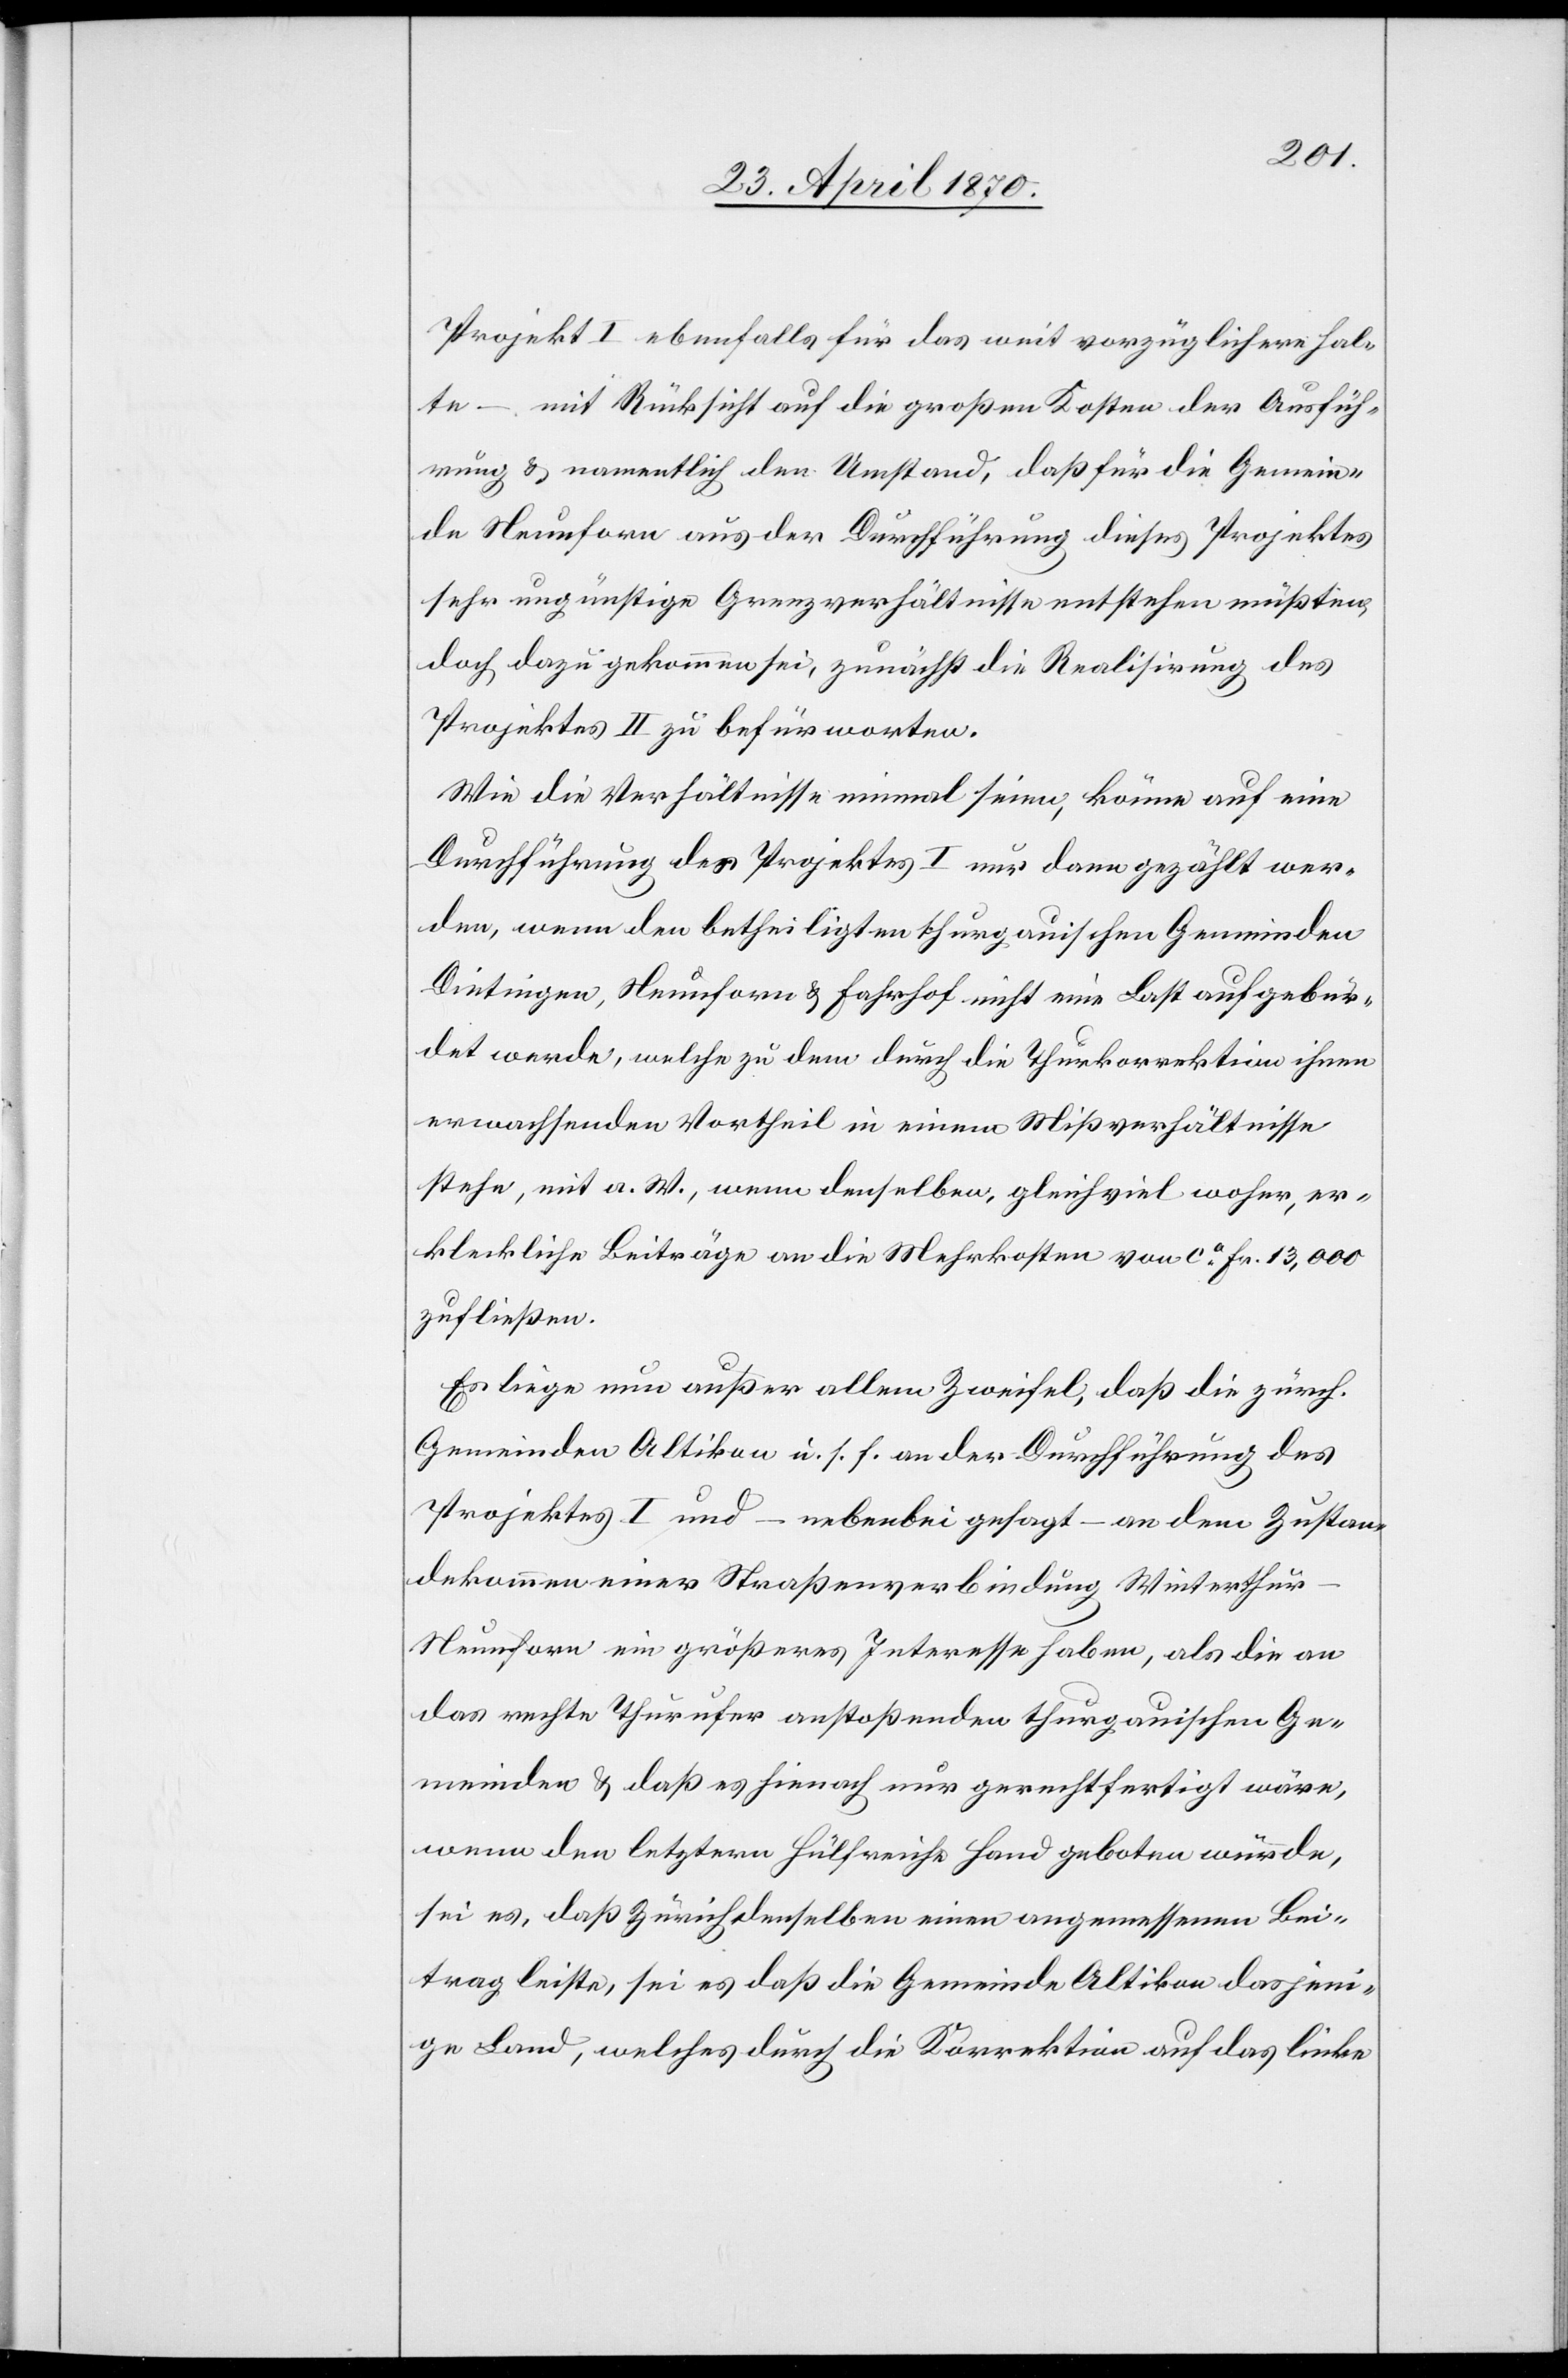
Projekt I ebenfalls für das weit vorzüglichere hal¬
te – mit Rücksicht auf die großen Kosten der Ausfüh¬
rung & namentlich den Umstand, daß für die Gemein¬
de Neunforn aus der Durchführung dieses Projektes
sehr ungünstige Grenzverhältnisse entstehen müßten,
doch dazu gekommen sie, zunächst die Realisirung des
Projektes II zu befürworten.
Wie die Verhältnisse einmal seien, könne auf eine
Durchführung des Projektes I nur dann gezählt wer¬
den, wenn den betheiligten thurgauischen Gemeinden
Dietingen, Neunforn & Fahrhof nicht eine Last aufgebür¬
det werde, welche zu dem durch die Thurkorrektion ihnen
erwachsenden Vortheil in einem Mißverhältnisse
stehe, mit a. W., wenn demselben, gleichviel woher, er¬
kleckliche Beiträge an die Mehrkosten von ca Fr. 13,000
zufließen.
Es liege nun außer allem Zweifel, daß die zürch.
Gemeinde Altikon u. s. f. an der Durchführung des
Projektes I und – nebenbei gesagt – an dem Zustan¬
dekommen einer Straßenverbindung Winterthu¬
r–Neunforn ein größeres Interesse haben, als die an
das rechte Thurufer anstoßenden thurgauischen Ge¬
meinden & daß es hienach nur gerechtfertigt wäre,
wenn den letztern Hülfreiche [sic!] Hand geboten würde,
sei es, daß Zürich denselben einen angemessenen Bei¬
trag leiste, sei es[,] daß die Gemeinde Altikon dasjeni¬
ge Land, welches durch die Korrektion auf das linke